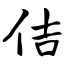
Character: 佶